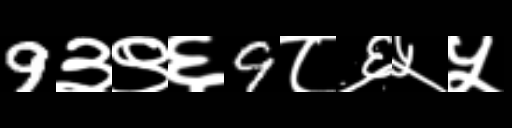
Text: 9३९६9८६५५